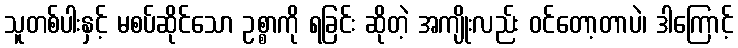
သူတစ်ပါးနှင့် မစပ်ဆိုင်သော ဥစ္စာကို ရခြင်း ဆိုတဲ့ အကျိုးလည်း ဝင်တော့တာပဲ၊ ဒါကြောင့်